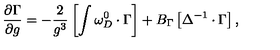
\frac { \partial \Gamma } { \partial g } = - \frac 2 { g ^ { 3 } } \left[ \int \omega _ { D } ^ { 0 } \cdot \Gamma \right] + B _ { \Gamma } \left[ \Delta ^ { - 1 } \cdot \Gamma \right] ,